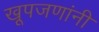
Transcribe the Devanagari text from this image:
खूपजणांनी